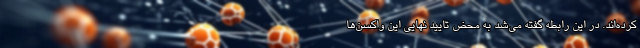
کرده‌اند. در این رابطه گفته می‌شد به محض تایید نهایی این واکسن‌ها